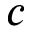
c